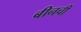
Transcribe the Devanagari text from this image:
बीनची